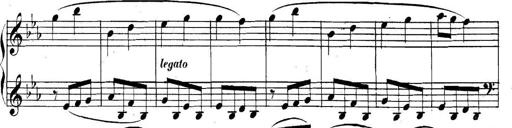
Title: Collected Piano Sonatas
Composer: Muzio Clementi